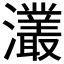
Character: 灇